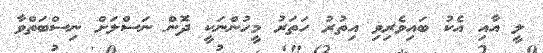
ލީ އާއި އެކު ބައިވެރިވި އިތުރު ހަތަރު މީހުންނަކީ ދޮން ނަސްލަށް ނިސްބަތްވާ